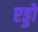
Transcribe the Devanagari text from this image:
एड्डो